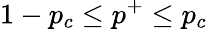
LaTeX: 1-p_{c}\le p^{+}\le p_{c}